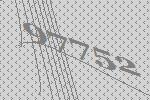
97752